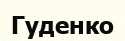
Гуденко